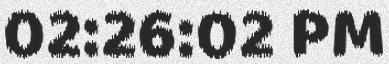
02:26:02 PM